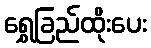
ရွှေခြည်ထိုးပေး